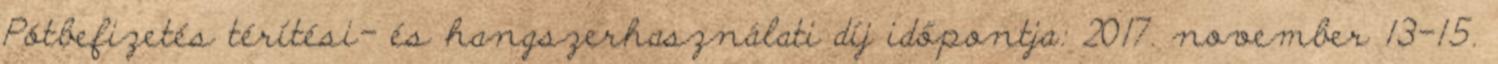
Pótbefizetés térítési- és hangszerhasználati díj időpontja: 2017. november 13-15.